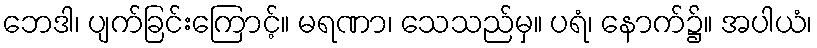
ဘေဒါ၊ ပျက်ခြင်းကြောင့်။ မရဏာ၊ သေသည်မှ။ ပရံ၊ နောက်၌။ အပါယံ၊